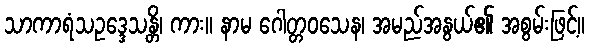
သာကာရံသဥဒ္ဒေသန္တိ၊ ကား။ နာမ ဂေါတ္တဝသေန၊ အမည်အနွယ်၏ အစွမ်းဖြင့်။